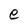
Character: e